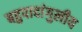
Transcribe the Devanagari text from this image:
बहुपादांगुलीय